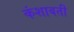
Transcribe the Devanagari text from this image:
कंशाबती